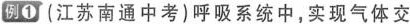
例1 (江苏南通中考)呼吸系统中，实现气体交